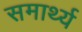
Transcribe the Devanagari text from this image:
समार्थ्य